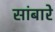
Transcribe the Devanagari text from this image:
सांबारे